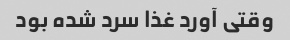
وقتی آورد غذا سرد شده بود